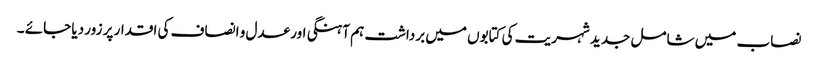
نصاب میں شامل جدید شہریت کی کتابوں میں برداشت ہم آہنگی اور عدل و انصاف کی اقدار پر زور دیا جائے ۔